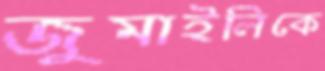
জুমাইলিকে